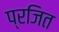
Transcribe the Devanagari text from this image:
प्रजित